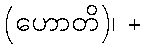
(ဟောတိ)၊ +